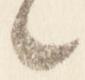
々